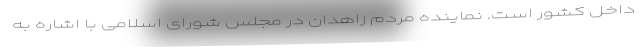
داخل کشور است. نماینده مردم زاهدان در مجلس شورای اسلامی با اشاره به